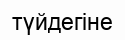
түйдегіне